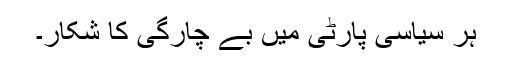
ہر سیاسی پارٹی میں بے چارگی کا شکار۔